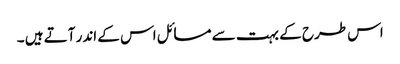
اس طرح کے بہت سے مسائل اس کے اندر آتے ہیں ۔